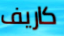
كاريف